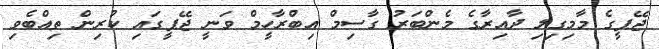
ޖޭޕީގެ މާމިގިލި ދާއިރާގެ މެންބަރު ގާސިމް އިބްރާހީމް ވަނީ ޖޭޕީގައި ކުރިން ތިއްބެވި